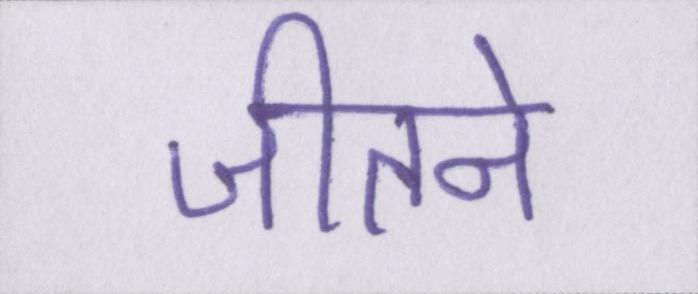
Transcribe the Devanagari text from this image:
जीतने